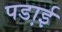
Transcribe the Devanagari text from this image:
पडा़ई